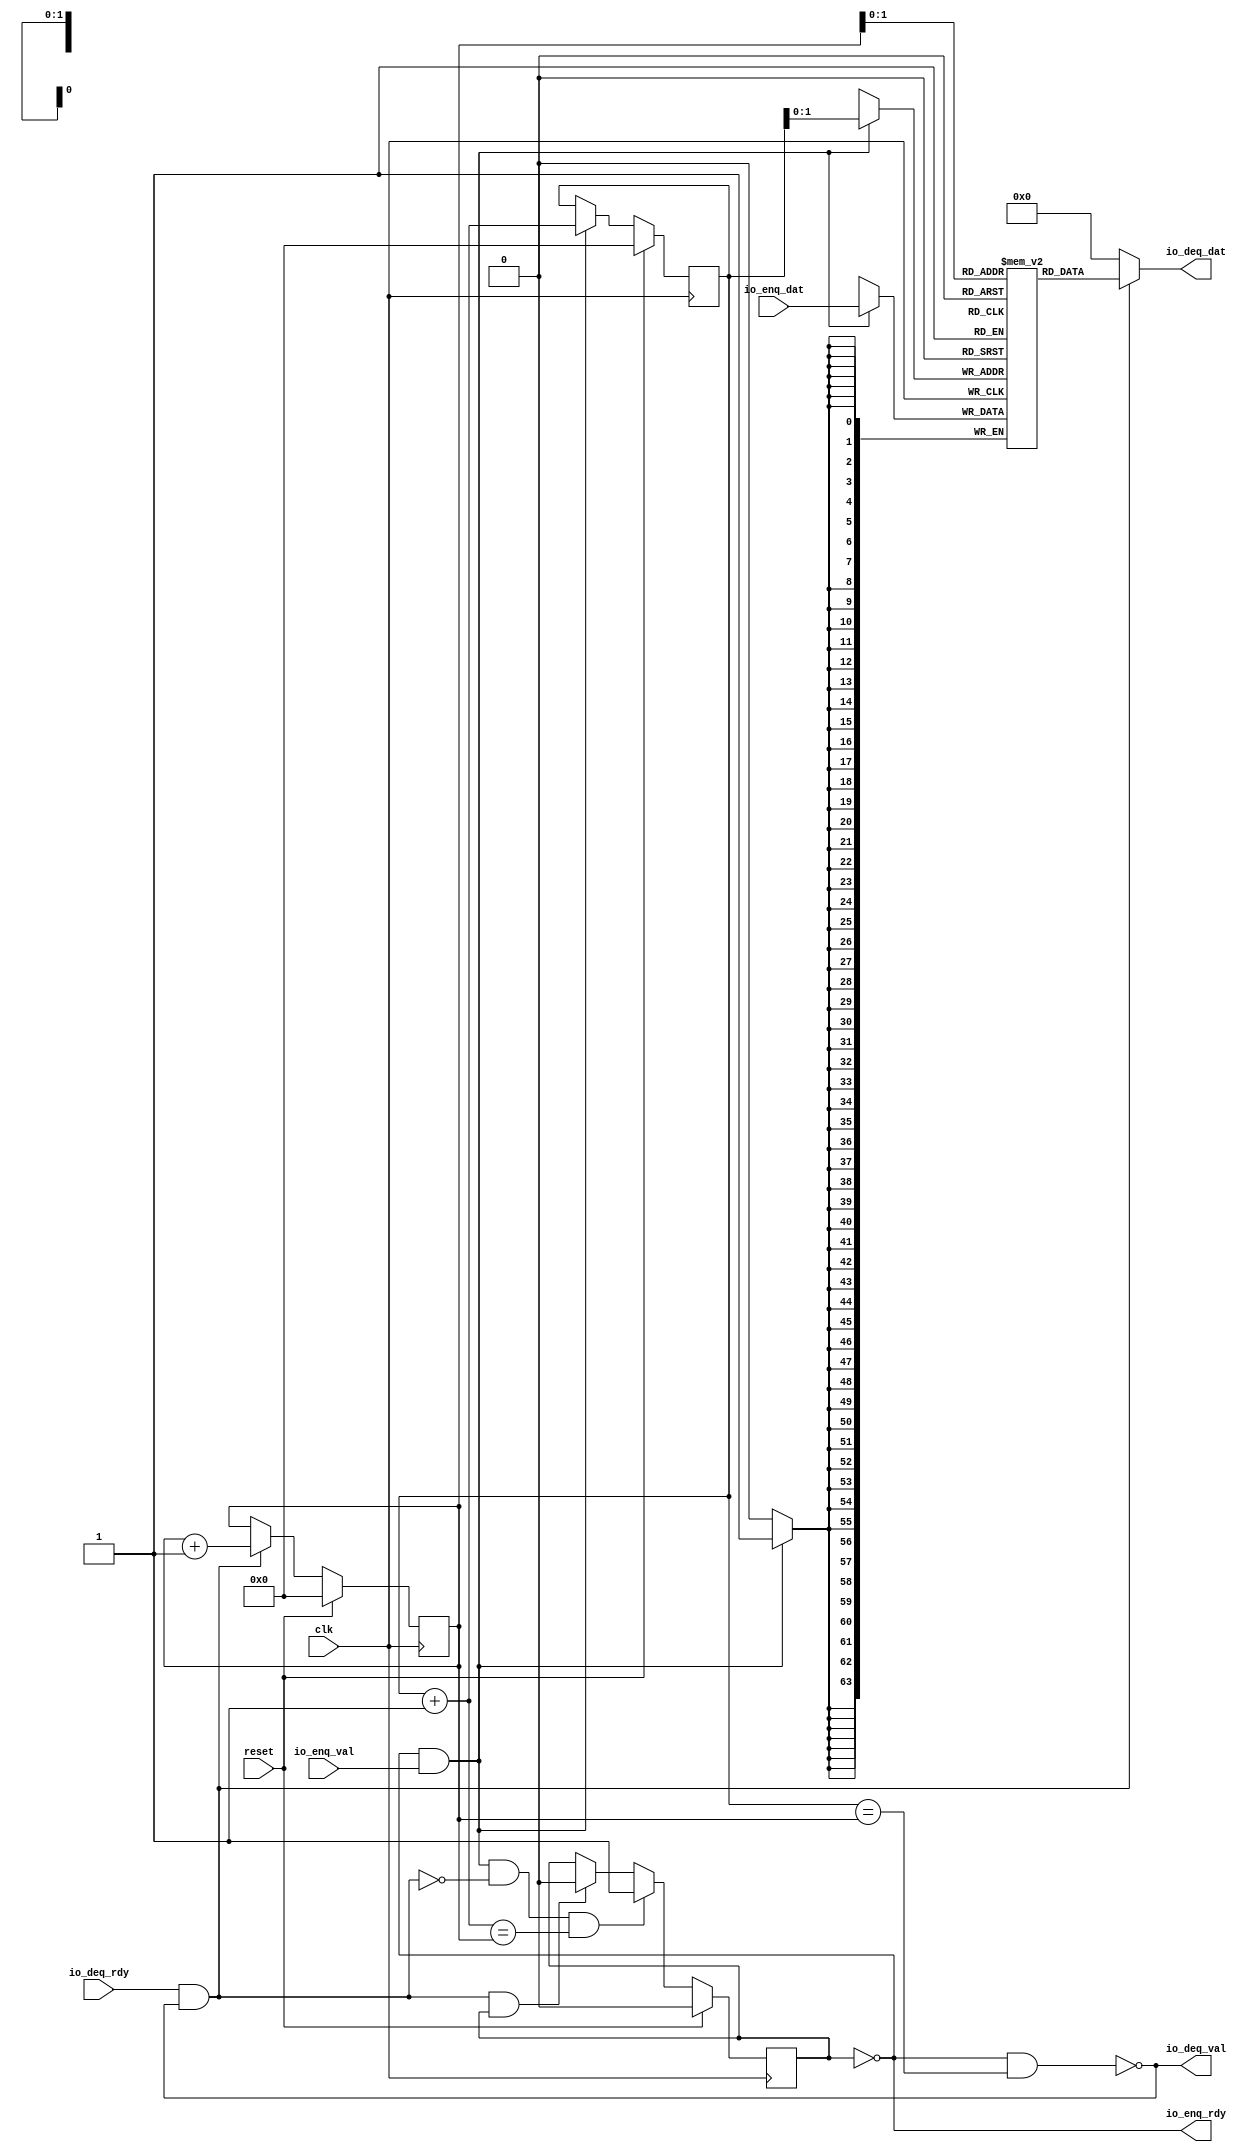
module Fifo_0(input clk, input reset,
    input  io_enq_val,
    output io_enq_rdy,
    output io_deq_val,
    input  io_deq_rdy,
    input [63:0] io_enq_dat,
    output[63:0] io_deq_dat
);

  wire[63:0] T0;
  wire[63:0] T1;
  reg [63:0] ram [3:0];
  wire[63:0] T2;
  wire[63:0] T3;
  wire do_enq;
  wire T4;
  reg[0:0] is_full;
  wire is_full_next;
  wire T5;
  wire T6;
  wire do_deq;
  wire T7;
  wire is_empty;
  wire T8;
  reg[3:0] deq_ptr;
  wire[3:0] T9;
  wire[3:0] deq_ptr_inc;
  reg[3:0] enq_ptr;
  wire[3:0] T10;
  wire[3:0] enq_ptr_inc;
  wire T11;
  wire T12;
  wire T13;
  wire T14;
  wire T15;
  wire[1:0] T16;
  wire[1:0] T17;
  wire T18;
  wire T19;

  assign io_deq_dat = T0;
  assign T0 = do_deq ? T1 : 64'h0;
  assign T1 = ram[T17];
  assign T3 = io_enq_dat;
  assign do_enq = T4 && io_enq_val;
  assign T4 = ! is_full;
  assign is_full_next = T12 ? 1'h1 : T5;
  assign T5 = T6 ? 1'h0 : is_full;
  assign T6 = do_deq && is_full;
  assign do_deq = io_deq_rdy && T7;
  assign T7 = ! is_empty;
  assign is_empty = T11 && T8;
  assign T8 = enq_ptr == deq_ptr;
  assign T9 = do_deq ? deq_ptr_inc : deq_ptr;
  assign deq_ptr_inc = deq_ptr + 4'h1;
  assign T10 = do_enq ? enq_ptr_inc : enq_ptr;
  assign enq_ptr_inc = enq_ptr + 4'h1;
  assign T11 = ! is_full;
  assign T12 = T14 && T13;
  assign T13 = enq_ptr_inc == deq_ptr;
  assign T14 = do_enq && T15;
  assign T15 = ~ do_deq;
  assign T16 = enq_ptr[1'h1:1'h0];
  assign T17 = deq_ptr[1'h1:1'h0];
  assign io_deq_val = T18;
  assign T18 = ! is_empty;
  assign io_enq_rdy = T19;
  assign T19 = ! is_full;

  always @(posedge clk) begin
    if (do_enq)
      ram[T16] <= T3;
    is_full <= reset ? 1'h0 : is_full_next;
    deq_ptr <= reset ? 4'h0 : T9;
    enq_ptr <= reset ? 4'h0 : T10;
  end
endmodule

module encode(
    input [63:0] io_rx_dat_int,
    output io_rx_rdy,
    input  io_rx_val,
    output[63:0] io_tx_dat,
    output io_tx_val
);


  assign io_tx_val = io_rx_val;
  assign io_tx_dat = io_rx_dat_int;
  assign io_rx_rdy = 1'h1;
endmodule

module decode(
    input [63:0] io_rx_dat,
    output io_rx_rdy,
    input  io_rx_val,
    output[55:0] io_tx_dat_int,
    output io_tx_val
);

  wire[55:0] T0;

  assign io_tx_val = io_rx_val;
  assign io_tx_dat_int = T0;
  assign T0 = io_rx_dat[6'h37:1'h0];
  assign io_rx_rdy = 1'h1;
endmodule

module Fifo_1(input clk, input reset,
    input  io_enq_val,
    output io_enq_rdy,
    output io_deq_val,
    input  io_deq_rdy,
    input [55:0] io_enq_dat_int,
    output[55:0] io_deq_dat_int
);

  wire[55:0] T0;
  wire[55:0] T1;
  wire[55:0] T2;
  wire[55:0] T3;
  reg [55:0] ram [3:0];
  wire[55:0] T4;
  wire[55:0] T5;
  wire do_enq;
  wire T6;
  reg[0:0] is_full;
  wire is_full_next;
  wire T7;
  wire T8;
  wire do_deq;
  wire T9;
  wire is_empty;
  wire T10;
  reg[3:0] deq_ptr;
  wire[3:0] T11;
  wire[3:0] deq_ptr_inc;
  reg[3:0] enq_ptr;
  wire[3:0] T12;
  wire[3:0] enq_ptr_inc;
  wire T13;
  wire T14;
  wire T15;
  wire T16;
  wire T17;
  wire[1:0] T18;
  wire[1:0] T19;
  wire T20;
  wire T21;

  assign io_deq_dat_int = T0;
  assign T0 = T1[6'h37:1'h0];
  assign T1 = do_deq ? T2 : 56'h0;
  assign T2 = T3[6'h37:1'h0];
  assign T3 = ram[T19];
  assign T5 = io_enq_dat_int;
  assign do_enq = T6 && io_enq_val;
  assign T6 = ! is_full;
  assign is_full_next = T14 ? 1'h1 : T7;
  assign T7 = T8 ? 1'h0 : is_full;
  assign T8 = do_deq && is_full;
  assign do_deq = io_deq_rdy && T9;
  assign T9 = ! is_empty;
  assign is_empty = T13 && T10;
  assign T10 = enq_ptr == deq_ptr;
  assign T11 = do_deq ? deq_ptr_inc : deq_ptr;
  assign deq_ptr_inc = deq_ptr + 4'h1;
  assign T12 = do_enq ? enq_ptr_inc : enq_ptr;
  assign enq_ptr_inc = enq_ptr + 4'h1;
  assign T13 = ! is_full;
  assign T14 = T16 && T15;
  assign T15 = enq_ptr_inc == deq_ptr;
  assign T16 = do_enq && T17;
  assign T17 = ~ do_deq;
  assign T18 = enq_ptr[1'h1:1'h0];
  assign T19 = deq_ptr[1'h1:1'h0];
  assign io_deq_val = T20;
  assign T20 = ! is_empty;
  assign io_enq_rdy = T21;
  assign T21 = ! is_full;

  always @(posedge clk) begin
    if (do_enq)
      ram[T18] <= T5;
    is_full <= reset ? 1'h0 : is_full_next;
    deq_ptr <= reset ? 4'h0 : T11;
    enq_ptr <= reset ? 4'h0 : T12;
  end
endmodule

module Fifo_2(input clk, input reset,
    input  io_enq_val,
    output io_enq_rdy,
    output io_deq_val,
    input  io_deq_rdy,
    input [63:0] io_enq_dat_int,
    output[63:0] io_deq_dat_int
);

  wire[63:0] T0;
  wire[63:0] T1;
  wire[63:0] T2;
  wire[63:0] T3;
  reg [63:0] ram [3:0];
  wire[63:0] T4;
  wire[63:0] T5;
  wire do_enq;
  wire T6;
  reg[0:0] is_full;
  wire is_full_next;
  wire T7;
  wire T8;
  wire do_deq;
  wire T9;
  wire is_empty;
  wire T10;
  reg[3:0] deq_ptr;
  wire[3:0] T11;
  wire[3:0] deq_ptr_inc;
  reg[3:0] enq_ptr;
  wire[3:0] T12;
  wire[3:0] enq_ptr_inc;
  wire T13;
  wire T14;
  wire T15;
  wire T16;
  wire T17;
  wire[1:0] T18;
  wire[1:0] T19;
  wire T20;
  wire T21;

  assign io_deq_dat_int = T0;
  assign T0 = T1[6'h3f:1'h0];
  assign T1 = do_deq ? T2 : 64'h0;
  assign T2 = T3[6'h3f:1'h0];
  assign T3 = ram[T19];
  assign T5 = io_enq_dat_int;
  assign do_enq = T6 && io_enq_val;
  assign T6 = ! is_full;
  assign is_full_next = T14 ? 1'h1 : T7;
  assign T7 = T8 ? 1'h0 : is_full;
  assign T8 = do_deq && is_full;
  assign do_deq = io_deq_rdy && T9;
  assign T9 = ! is_empty;
  assign is_empty = T13 && T10;
  assign T10 = enq_ptr == deq_ptr;
  assign T11 = do_deq ? deq_ptr_inc : deq_ptr;
  assign deq_ptr_inc = deq_ptr + 4'h1;
  assign T12 = do_enq ? enq_ptr_inc : enq_ptr;
  assign enq_ptr_inc = enq_ptr + 4'h1;
  assign T13 = ! is_full;
  assign T14 = T16 && T15;
  assign T15 = enq_ptr_inc == deq_ptr;
  assign T16 = do_enq && T17;
  assign T17 = ~ do_deq;
  assign T18 = enq_ptr[1'h1:1'h0];
  assign T19 = deq_ptr[1'h1:1'h0];
  assign io_deq_val = T20;
  assign T20 = ! is_empty;
  assign io_enq_rdy = T21;
  assign T21 = ! is_full;

  always @(posedge clk) begin
    if (do_enq)
      ram[T18] <= T5;
    is_full <= reset ? 1'h0 : is_full_next;
    deq_ptr <= reset ? 4'h0 : T11;
    enq_ptr <= reset ? 4'h0 : T12;
  end
endmodule

module Mapper(
    input [55:0] io_rx_dat_int,
    input  io_rx_val,
    output io_rx_rdy,
    output[63:0] io_tx_dat_int,
    output io_tx_val
);

  wire T0;
  wire T1;
  wire[63:0] T2;
  wire[60:0] T3;

  assign io_tx_val = T0;
  assign T0 = T1 ? 1'h0 : io_rx_val;
  assign T1 = ! io_rx_val;
  assign io_tx_dat_int = T2;
  assign T2 = {3'h0, T3};
  assign T3 = {5'h1, io_rx_dat_int};
  assign io_rx_rdy = 1'h1;
endmodule

module Controller(input clk, input reset,
    input [55:0] io_rx_dat_int,
    input  io_rx_val,
    output[63:0] io_tx_dat_int,
    output io_tx_val
);

  wire T0;
  wire T1;
  wire Fifo_3_io_deq_val;
  wire Mapper_3_io_rx_rdy;
  wire T2;
  wire[55:0] Fifo_3_io_deq_dat_int;
  wire T3;
  wire T4;
  wire Fifo_2_io_deq_val;
  wire Mapper_2_io_rx_rdy;
  wire T5;
  wire[55:0] Fifo_2_io_deq_dat_int;
  wire T6;
  wire T7;
  wire Fifo_1_io_deq_val;
  wire Mapper_1_io_rx_rdy;
  wire T8;
  wire[55:0] Fifo_1_io_deq_dat_int;
  wire T9;
  wire T10;
  wire Fifo_0_io_deq_val;
  wire Mapper_0_io_rx_rdy;
  wire T11;
  wire[55:0] Fifo_0_io_deq_dat_int;
  wire[63:0] Mapper_3_io_tx_dat_int;
  wire T12;
  wire T13;
  wire Fifo_7_io_deq_val;
  wire T14;
  wire[1:0] index;
  wire[1:0] T15;
  wire[1:0] T16;
  wire T17;
  wire f_out_deq_rdy_1;
  wire T18;
  wire Fifo_5_io_deq_val;
  wire T19;
  wire f_out_deq_rdy_2;
  wire T20;
  wire Fifo_6_io_deq_val;
  wire T21;
  wire f_out_deq_rdy_3;
  wire T22;
  wire T23;
  wire T24;
  wire T25;
  wire Fifo_7_io_enq_rdy;
  wire Mapper_3_io_tx_val;
  wire T26;
  wire[63:0] Mapper_2_io_tx_dat_int;
  wire T27;
  wire T28;
  wire T29;
  wire T30;
  wire T31;
  wire T32;
  wire Fifo_6_io_enq_rdy;
  wire Mapper_2_io_tx_val;
  wire T33;
  wire[63:0] Mapper_1_io_tx_dat_int;
  wire T34;
  wire T35;
  wire T36;
  wire T37;
  wire T38;
  wire T39;
  wire Fifo_5_io_enq_rdy;
  wire Mapper_1_io_tx_val;
  wire T40;
  wire[63:0] Mapper_0_io_tx_dat_int;
  wire T41;
  wire T42;
  wire Fifo_4_io_deq_val;
  wire T43;
  wire T44;
  wire T45;
  wire T46;
  wire Fifo_4_io_enq_rdy;
  wire Mapper_0_io_tx_val;
  wire T47;
  wire T48;
  wire T49;
  wire T50;
  wire Fifo_3_io_enq_rdy;
  wire T51;
  wire T52;
  reg[2:0] inCounter;
  wire T53;
  wire T54;
  wire T55;
  wire Fifo_2_io_enq_rdy;
  wire T56;
  wire T57;
  wire T58;
  wire T59;
  wire Fifo_1_io_enq_rdy;
  wire T60;
  wire T61;
  wire T62;
  wire Fifo_0_io_enq_rdy;
  wire T63;
  wire T64;
  wire[2:0] T65;
  wire[2:0] T66;
  wire[2:0] T67;
  wire[2:0] T68;
  wire[2:0] T69;
  wire T70;
  wire[2:0] T71;
  wire[2:0] T72;
  wire T73;
  wire[2:0] T74;
  wire[2:0] T75;
  wire T76;
  wire[2:0] T77;
  wire[2:0] T78;
  wire T79;
  wire T80;
  wire T81;
  wire T82;
  wire T83;
  wire T84;
  wire T85;
  wire T86;
  wire T87;
  wire T88;
  wire T89;
  wire T90;
  wire T91;
  wire T92;
  wire[63:0] T93;
  wire[63:0] T94;
  wire[63:0] T95;
  wire[63:0] T96;
  wire[63:0] Fifo_4_io_deq_dat_int;
  wire[63:0] Fifo_5_io_deq_dat_int;
  wire[63:0] Fifo_6_io_deq_dat_int;
  wire[63:0] Fifo_7_io_deq_dat_int;

  assign T0 = T2 ? 1'h0 : T1;
  assign T1 = Mapper_3_io_rx_rdy && Fifo_3_io_deq_val;
  assign T2 = ! T1;
  assign T3 = T5 ? 1'h0 : T4;
  assign T4 = Mapper_2_io_rx_rdy && Fifo_2_io_deq_val;
  assign T5 = ! T4;
  assign T6 = T8 ? 1'h0 : T7;
  assign T7 = Mapper_1_io_rx_rdy && Fifo_1_io_deq_val;
  assign T8 = ! T7;
  assign T9 = T11 ? 1'h0 : T10;
  assign T10 = Mapper_0_io_rx_rdy && Fifo_0_io_deq_val;
  assign T11 = ! T10;
  assign T12 = T23 ? 1'h0 : T13;
  assign T13 = T14 && Fifo_7_io_deq_val;
  assign T14 = 2'h3 == index;
  assign index = T21 ? 2'h3 : T15;
  assign T15 = T19 ? 2'h2 : T16;
  assign T16 = {1'h0, T17};
  assign T17 = f_out_deq_rdy_1 == 1'h1;
  assign f_out_deq_rdy_1 = T18;
  assign T18 = Fifo_5_io_deq_val;
  assign T19 = f_out_deq_rdy_2 == 1'h1;
  assign f_out_deq_rdy_2 = T20;
  assign T20 = Fifo_6_io_deq_val;
  assign T21 = f_out_deq_rdy_3 == 1'h1;
  assign f_out_deq_rdy_3 = T22;
  assign T22 = Fifo_7_io_deq_val;
  assign T23 = ! T13;
  assign T24 = T26 ? 1'h0 : T25;
  assign T25 = Mapper_3_io_tx_val && Fifo_7_io_enq_rdy;
  assign T26 = ! T25;
  assign T27 = T30 ? 1'h0 : T28;
  assign T28 = T29 && Fifo_6_io_deq_val;
  assign T29 = 2'h2 == index;
  assign T30 = ! T28;
  assign T31 = T33 ? 1'h0 : T32;
  assign T32 = Mapper_2_io_tx_val && Fifo_6_io_enq_rdy;
  assign T33 = ! T32;
  assign T34 = T37 ? 1'h0 : T35;
  assign T35 = T36 && Fifo_5_io_deq_val;
  assign T36 = 2'h1 == index;
  assign T37 = ! T35;
  assign T38 = T40 ? 1'h0 : T39;
  assign T39 = Mapper_1_io_tx_val && Fifo_5_io_enq_rdy;
  assign T40 = ! T39;
  assign T41 = T44 ? 1'h0 : T42;
  assign T42 = T43 && Fifo_4_io_deq_val;
  assign T43 = 2'h0 == index;
  assign T44 = ! T42;
  assign T45 = T47 ? 1'h0 : T46;
  assign T46 = Mapper_0_io_tx_val && Fifo_4_io_enq_rdy;
  assign T47 = ! T46;
  assign T48 = T2 ? 1'h0 : T1;
  assign T49 = T80 ? 1'h0 : T50;
  assign T50 = T51 && Fifo_3_io_enq_rdy;
  assign T51 = T52 && io_rx_val;
  assign T52 = 3'h3 == inCounter;
  assign T53 = T54 || T50;
  assign T54 = T58 || T55;
  assign T55 = T56 && Fifo_2_io_enq_rdy;
  assign T56 = T57 && io_rx_val;
  assign T57 = 3'h2 == inCounter;
  assign T58 = T62 || T59;
  assign T59 = T60 && Fifo_1_io_enq_rdy;
  assign T60 = T61 && io_rx_val;
  assign T61 = 3'h1 == inCounter;
  assign T62 = T63 && Fifo_0_io_enq_rdy;
  assign T63 = T64 && io_rx_val;
  assign T64 = 3'h0 == inCounter;
  assign T65 = T50 ? T77 : T66;
  assign T66 = T55 ? T74 : T67;
  assign T67 = T59 ? T71 : T68;
  assign T68 = T70 ? 3'h0 : T69;
  assign T69 = inCounter + 3'h1;
  assign T70 = inCounter == 3'h3;
  assign T71 = T73 ? 3'h0 : T72;
  assign T72 = inCounter + 3'h1;
  assign T73 = inCounter == 3'h3;
  assign T74 = T76 ? 3'h0 : T75;
  assign T75 = inCounter + 3'h1;
  assign T76 = inCounter == 3'h3;
  assign T77 = T79 ? 3'h0 : T78;
  assign T78 = inCounter + 3'h1;
  assign T79 = inCounter == 3'h3;
  assign T80 = ! T50;
  assign T81 = T5 ? 1'h0 : T4;
  assign T82 = T83 ? 1'h0 : T55;
  assign T83 = ! T55;
  assign T84 = T8 ? 1'h0 : T7;
  assign T85 = T86 ? 1'h0 : T59;
  assign T86 = ! T59;
  assign T87 = T11 ? 1'h0 : T10;
  assign T88 = T89 ? 1'h0 : T62;
  assign T89 = ! T62;
  assign io_tx_val = T90;
  assign T90 = T13 ? 1'h1 : T91;
  assign T91 = T28 ? 1'h1 : T92;
  assign T92 = T35 ? 1'h1 : T42;
  assign io_tx_dat_int = T93;
  assign T93 = T13 ? Fifo_7_io_deq_dat_int : T94;
  assign T94 = T28 ? Fifo_6_io_deq_dat_int : T95;
  assign T95 = T35 ? Fifo_5_io_deq_dat_int : T96;
  assign T96 = T42 ? Fifo_4_io_deq_dat_int : 64'h0;
  Fifo_1 Fifo_0(.clk(clk), .reset(reset),
       .io_enq_val( T88 ),
       .io_enq_rdy( Fifo_0_io_enq_rdy ),
       .io_deq_val( Fifo_0_io_deq_val ),
       .io_deq_rdy( T87 ),
       .io_enq_dat_int( io_rx_dat_int ),
       .io_deq_dat_int( Fifo_0_io_deq_dat_int )
  );
  Fifo_1 Fifo_1(.clk(clk), .reset(reset),
       .io_enq_val( T85 ),
       .io_enq_rdy( Fifo_1_io_enq_rdy ),
       .io_deq_val( Fifo_1_io_deq_val ),
       .io_deq_rdy( T84 ),
       .io_enq_dat_int( io_rx_dat_int ),
       .io_deq_dat_int( Fifo_1_io_deq_dat_int )
  );
  Fifo_1 Fifo_2(.clk(clk), .reset(reset),
       .io_enq_val( T82 ),
       .io_enq_rdy( Fifo_2_io_enq_rdy ),
       .io_deq_val( Fifo_2_io_deq_val ),
       .io_deq_rdy( T81 ),
       .io_enq_dat_int( io_rx_dat_int ),
       .io_deq_dat_int( Fifo_2_io_deq_dat_int )
  );
  Fifo_1 Fifo_3(.clk(clk), .reset(reset),
       .io_enq_val( T49 ),
       .io_enq_rdy( Fifo_3_io_enq_rdy ),
       .io_deq_val( Fifo_3_io_deq_val ),
       .io_deq_rdy( T48 ),
       .io_enq_dat_int( io_rx_dat_int ),
       .io_deq_dat_int( Fifo_3_io_deq_dat_int )
  );
  Fifo_2 Fifo_4(.clk(clk), .reset(reset),
       .io_enq_val( T45 ),
       .io_enq_rdy( Fifo_4_io_enq_rdy ),
       .io_deq_val( Fifo_4_io_deq_val ),
       .io_deq_rdy( T41 ),
       .io_enq_dat_int( Mapper_0_io_tx_dat_int ),
       .io_deq_dat_int( Fifo_4_io_deq_dat_int )
  );
  Fifo_2 Fifo_5(.clk(clk), .reset(reset),
       .io_enq_val( T38 ),
       .io_enq_rdy( Fifo_5_io_enq_rdy ),
       .io_deq_val( Fifo_5_io_deq_val ),
       .io_deq_rdy( T34 ),
       .io_enq_dat_int( Mapper_1_io_tx_dat_int ),
       .io_deq_dat_int( Fifo_5_io_deq_dat_int )
  );
  Fifo_2 Fifo_6(.clk(clk), .reset(reset),
       .io_enq_val( T31 ),
       .io_enq_rdy( Fifo_6_io_enq_rdy ),
       .io_deq_val( Fifo_6_io_deq_val ),
       .io_deq_rdy( T27 ),
       .io_enq_dat_int( Mapper_2_io_tx_dat_int ),
       .io_deq_dat_int( Fifo_6_io_deq_dat_int )
  );
  Fifo_2 Fifo_7(.clk(clk), .reset(reset),
       .io_enq_val( T24 ),
       .io_enq_rdy( Fifo_7_io_enq_rdy ),
       .io_deq_val( Fifo_7_io_deq_val ),
       .io_deq_rdy( T12 ),
       .io_enq_dat_int( Mapper_3_io_tx_dat_int ),
       .io_deq_dat_int( Fifo_7_io_deq_dat_int )
  );
  Mapper Mapper_0(
       .io_rx_dat_int( Fifo_0_io_deq_dat_int ),
       .io_rx_val( T9 ),
       .io_rx_rdy( Mapper_0_io_rx_rdy ),
       .io_tx_dat_int( Mapper_0_io_tx_dat_int ),
       .io_tx_val( Mapper_0_io_tx_val )
  );
  Mapper Mapper_1(
       .io_rx_dat_int( Fifo_1_io_deq_dat_int ),
       .io_rx_val( T6 ),
       .io_rx_rdy( Mapper_1_io_rx_rdy ),
       .io_tx_dat_int( Mapper_1_io_tx_dat_int ),
       .io_tx_val( Mapper_1_io_tx_val )
  );
  Mapper Mapper_2(
       .io_rx_dat_int( Fifo_2_io_deq_dat_int ),
       .io_rx_val( T3 ),
       .io_rx_rdy( Mapper_2_io_rx_rdy ),
       .io_tx_dat_int( Mapper_2_io_tx_dat_int ),
       .io_tx_val( Mapper_2_io_tx_val )
  );
  Mapper Mapper_3(
       .io_rx_dat_int( Fifo_3_io_deq_dat_int ),
       .io_rx_val( T0 ),
       .io_rx_rdy( Mapper_3_io_rx_rdy ),
       .io_tx_dat_int( Mapper_3_io_tx_dat_int ),
       .io_tx_val( Mapper_3_io_tx_val )
  );

  always @(posedge clk) begin
    if(reset) begin
      inCounter <= 3'h0;
    end else if(T53) begin
      inCounter <= T65;
    end
  end
endmodule

module MrSimSimulation(input clk, input reset,
    input [63:0] io_enq_dat,
    input  io_enq_val,
    output io_enq_rdy,
    output[63:0] io_deq_dat,
    output io_deq_val,
    input  io_deq_rdy
);

  wire decode_io_tx_val;
  wire[55:0] decode_io_tx_dat_int;
  wire T0;
  wire decode_io_rx_rdy;
  wire Fifo_0_io_deq_val;
  wire[63:0] Fifo_0_io_deq_dat;
  wire Controller_io_tx_val;
  wire[63:0] Controller_io_tx_dat_int;
  wire[63:0] encode_io_tx_dat;
  wire encode_io_tx_val;
  wire T1;
  wire Fifo_1_io_deq_val;
  wire[63:0] Fifo_1_io_deq_dat;
  wire Fifo_0_io_enq_rdy;

  assign T0 = Fifo_0_io_deq_val && decode_io_rx_rdy;
  assign T1 = decode_io_rx_rdy && Fifo_0_io_deq_val;
  assign io_deq_val = Fifo_1_io_deq_val;
  assign io_deq_dat = Fifo_1_io_deq_dat;
  assign io_enq_rdy = Fifo_0_io_enq_rdy;
  Fifo_0 Fifo_0(.clk(clk), .reset(reset),
       .io_enq_val( io_enq_val ),
       .io_enq_rdy( Fifo_0_io_enq_rdy ),
       .io_deq_val( Fifo_0_io_deq_val ),
       .io_deq_rdy( T1 ),
       .io_enq_dat( io_enq_dat ),
       .io_deq_dat( Fifo_0_io_deq_dat )
  );
  Fifo_0 Fifo_1(.clk(clk), .reset(reset),
       .io_enq_val( encode_io_tx_val ),
       //.io_enq_rdy(  )
       .io_deq_val( Fifo_1_io_deq_val ),
       .io_deq_rdy( io_deq_rdy ),
       .io_enq_dat( encode_io_tx_dat ),
       .io_deq_dat( Fifo_1_io_deq_dat )
  );
  encode encode(
       .io_rx_dat_int( Controller_io_tx_dat_int ),
       //.io_rx_rdy(  )
       .io_rx_val( Controller_io_tx_val ),
       .io_tx_dat( encode_io_tx_dat ),
       .io_tx_val( encode_io_tx_val )
  );
  decode decode(
       .io_rx_dat( Fifo_0_io_deq_dat ),
       .io_rx_rdy( decode_io_rx_rdy ),
       .io_rx_val( T0 ),
       .io_tx_dat_int( decode_io_tx_dat_int ),
       .io_tx_val( decode_io_tx_val )
  );
  Controller Controller(.clk(clk), .reset(reset),
       .io_rx_dat_int( decode_io_tx_dat_int ),
       .io_rx_val( decode_io_tx_val ),
       .io_tx_dat_int( Controller_io_tx_dat_int ),
       .io_tx_val( Controller_io_tx_val )
  );
endmodule